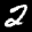
Label: 2